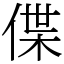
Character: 偞